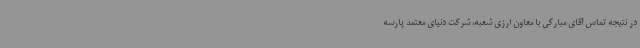
در نتیجه تماس آقای مبارکی با معاون ارزی شعبه، شرکت دنیای معتمد پارسه